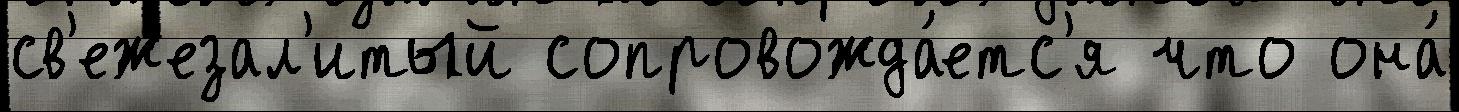
св'ежезал'итый сопровожда́етс'я что она́